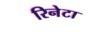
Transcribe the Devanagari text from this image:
रिनेटा